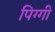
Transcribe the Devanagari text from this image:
पिग्गी